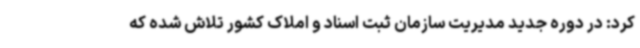
کرد: در دوره جدید مدیریت سازمان ثبت اسناد و املاک کشور تلاش شده که